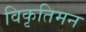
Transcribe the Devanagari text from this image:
विकृतिमन